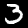
Digit: 3